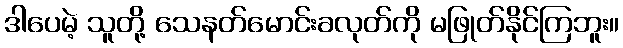
ဒါပေမဲ့ သူတို့ သေနတ်မောင်းခလုတ်ကို မဖြုတ်နိုင်ကြဘူး။